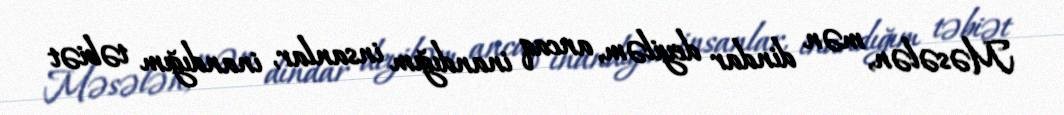
Məsələn, mən dindar deyiləm, ancaq inandığım insanlar, inandığım təbiət